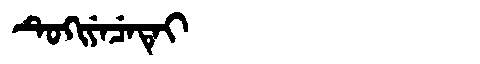
Manchu: ᡨᡠᡴᡳᠶᡝᠴᡝᡨᡝᡳ
Romanization: TUKIYECETEI